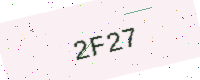
Text: 2F27